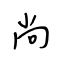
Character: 尚